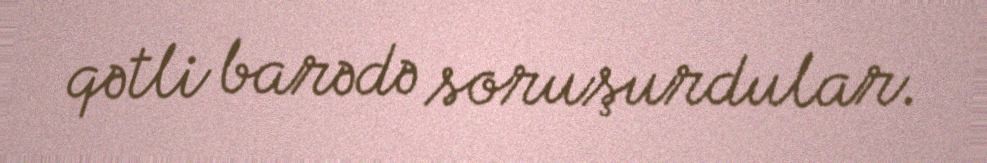
qətli barədə soruşurdular.